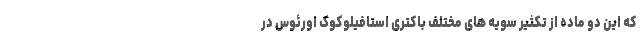
که این دو ماده از تکثیر سویه های مختلف باکتری استافیلوکوک اورئوس در